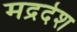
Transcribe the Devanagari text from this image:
मद्रदेश